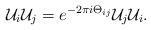
LaTeX: \begin{align*}{\cal U}_i {\cal U}_j= e^{-2\pi i \Theta_{ij}} {\cal U}_j {\cal U}_i.\end{align*}